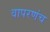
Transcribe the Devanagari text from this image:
वापरणंच